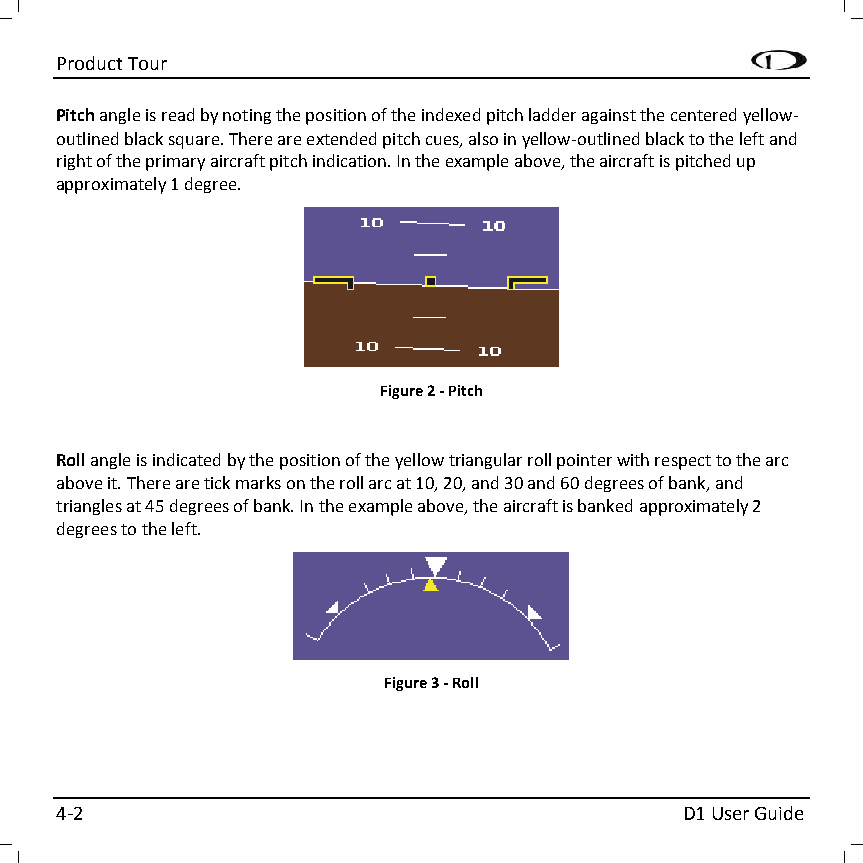
Product Tour
 Pitch angle is read by noting the position of the indexed pitch ladder against the centered yellow-
 outlined black square. There are extended pitch cues, also in yellow-outlined black to the left and
 right of the primary aircraft pitch indication. In the example above, the aircraft is pitched up
 approximately 1 degree.
 Figure 2 - Pitch
 Roll angle is indicated by the position of the yellow triangular roll pointer with respect to the arc
 above it. There are tick marks on the roll arc at 10, 20, and 30 and 60 degrees of bank, and
 triangles at 45 degrees of bank. In the example above, the aircraft is banked approximately 2
 degrees to the left.
 Figure 3 - Roll
 4-2                                      D1 User Guide